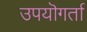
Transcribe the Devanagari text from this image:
उपयॊगर्ता